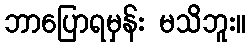
ဘာပြောရမှန်း မသိဘူး။